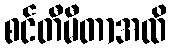
စင်တီမီတာအထိ